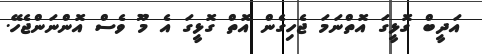
އަދީބް ގޮޅީގަ އޮތްނަމަ ޖެހިގެން އޮތް ގޮޅީގަ އެ މޫ ވެސް އޮންނަންޖެހޭ.